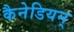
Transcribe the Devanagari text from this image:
कैनेडियन्